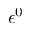
\epsilon ^ { 0 }